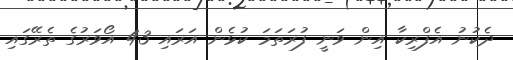
ދެކުނު އެފްރިކާ އިން ވަނީ ފުރަތަމަ ކުޅެން އަރައި 43 އޯވަރުގެ ތެރޭގައި